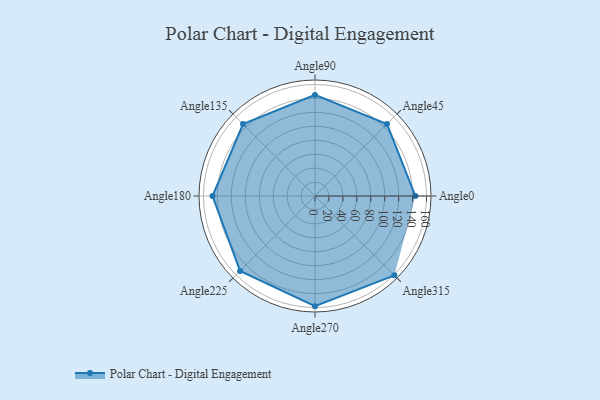
{"axis": {"x": "Angle", "y": "Radius"}, "legend": [""], "data": [{"x": "Angle0", "y": 144.0, "type": ""}, {"x": "Angle45", "y": 146.0, "type": ""}, {"x": "Angle90", "y": 145.0, "type": ""}, {"x": "Angle135", "y": 146.0, "type": ""}, {"x": "Angle180", "y": 147.0, "type": ""}, {"x": "Angle225", "y": 152.0, "type": ""}, {"x": "Angle270", "y": 158.0, "type": ""}, {"x": "Angle315", "y": 161.0, "type": ""}]}